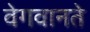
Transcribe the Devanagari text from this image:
वेगवानते